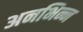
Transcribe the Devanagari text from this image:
अनभिन्न